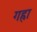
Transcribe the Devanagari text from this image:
गह्रा